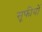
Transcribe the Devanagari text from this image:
सूफीयों